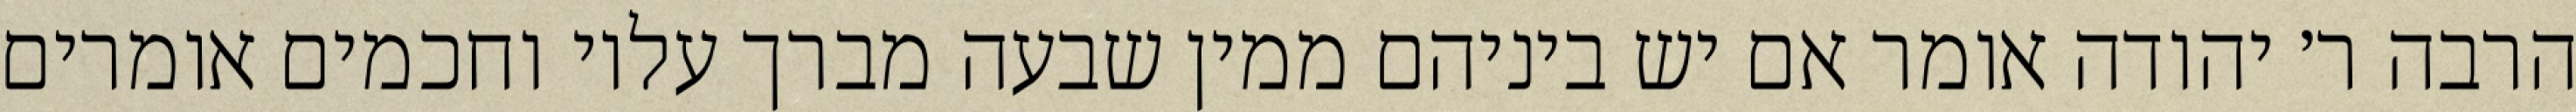
הרבה ר׳ יהודה אומר אם יש ביניהם ממין שבעה מברך עליו וחכמים אומרים